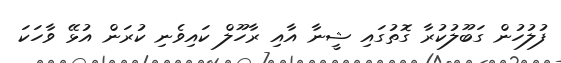
ފުލުހުން ގަބޫލުކުރާ ގޮތުގައި ޝީނާ އާއި ރާހޫލް ކައިވެނި ކުރަން އުޅޭ ވާހަކަ